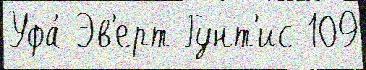
Уфа́ Эв'ерт Гунт'ис 109